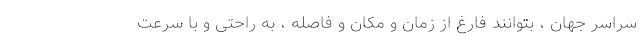
سراسر جهان ، بتوانند فارغ از زمان و مکان و فاصله ، به راحتی و با سرعت